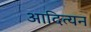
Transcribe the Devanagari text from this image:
आदित्यन